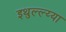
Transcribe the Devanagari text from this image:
इथुल्ल्य्या